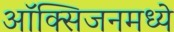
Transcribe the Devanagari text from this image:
ऑक्सिजनमध्ये